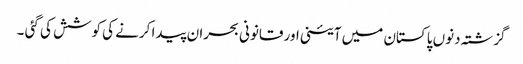
گزشتہ دنوں پاکستان میں آئینی اور قانونی بحران پیدا کرنے کی کوشش کی گئی ۔